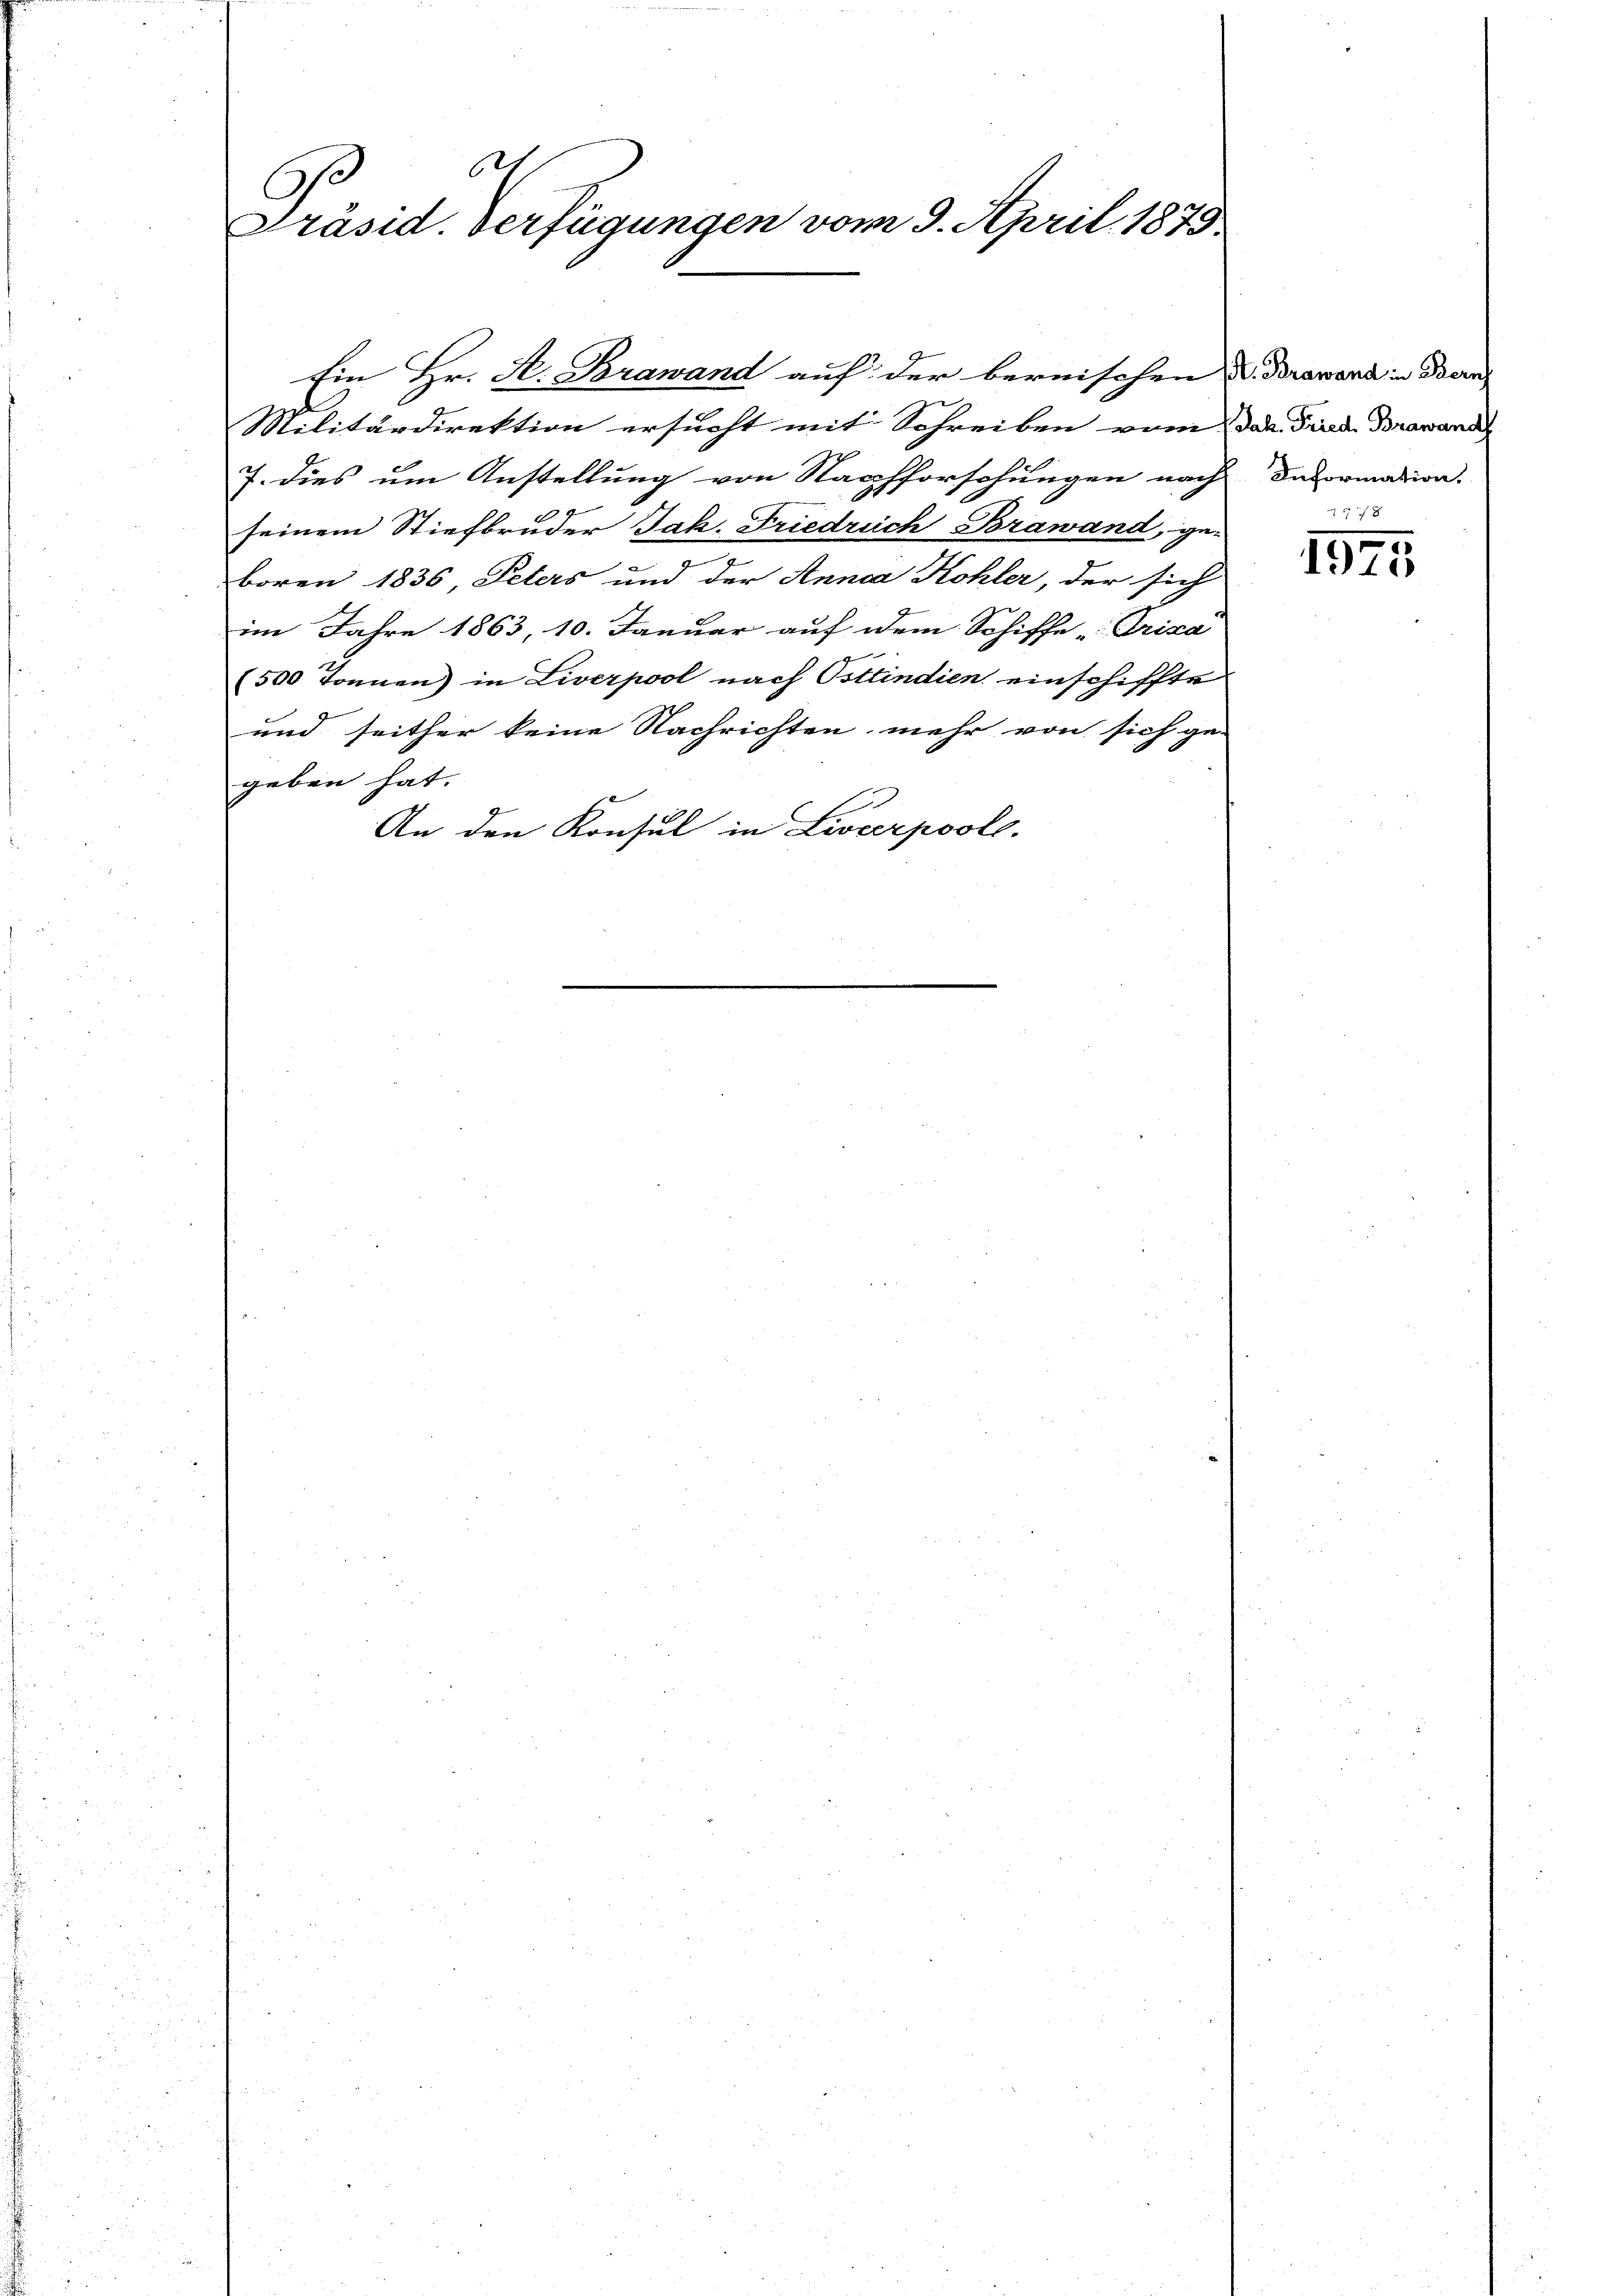
t
.
Präsid. Verfügungen vom 9. April 1875

Ein Hr. H. Brawand auf der bernischen u. Browand in Bern
Militärdirektion ersucht mit Schreiben vom der Firede Brawanden
7. dies um Anstellung von Nachforschungen nach
2
seinem Stiefbruder Jak. Friedrich Brawand, ge-
boren 1836 Peters und der Anna Kohler, der sich
im Jahre 1863, 10. Januar auf dem Schiffe „Prixa
(500 Tonnen) in Liverpool nach Ostindien einschiffte
und seither keine Nachrichten mehr von sich ge-
geben hat. |
An den Konsul in Liverpoole.

Information.

578
1975